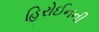
હિરોઈનની